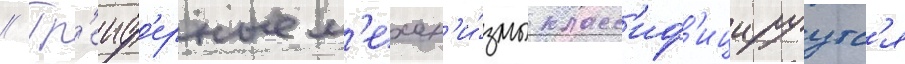
// Гр'еиф'ерные м'ехан'и́змы класс'иф'ицируутс'я